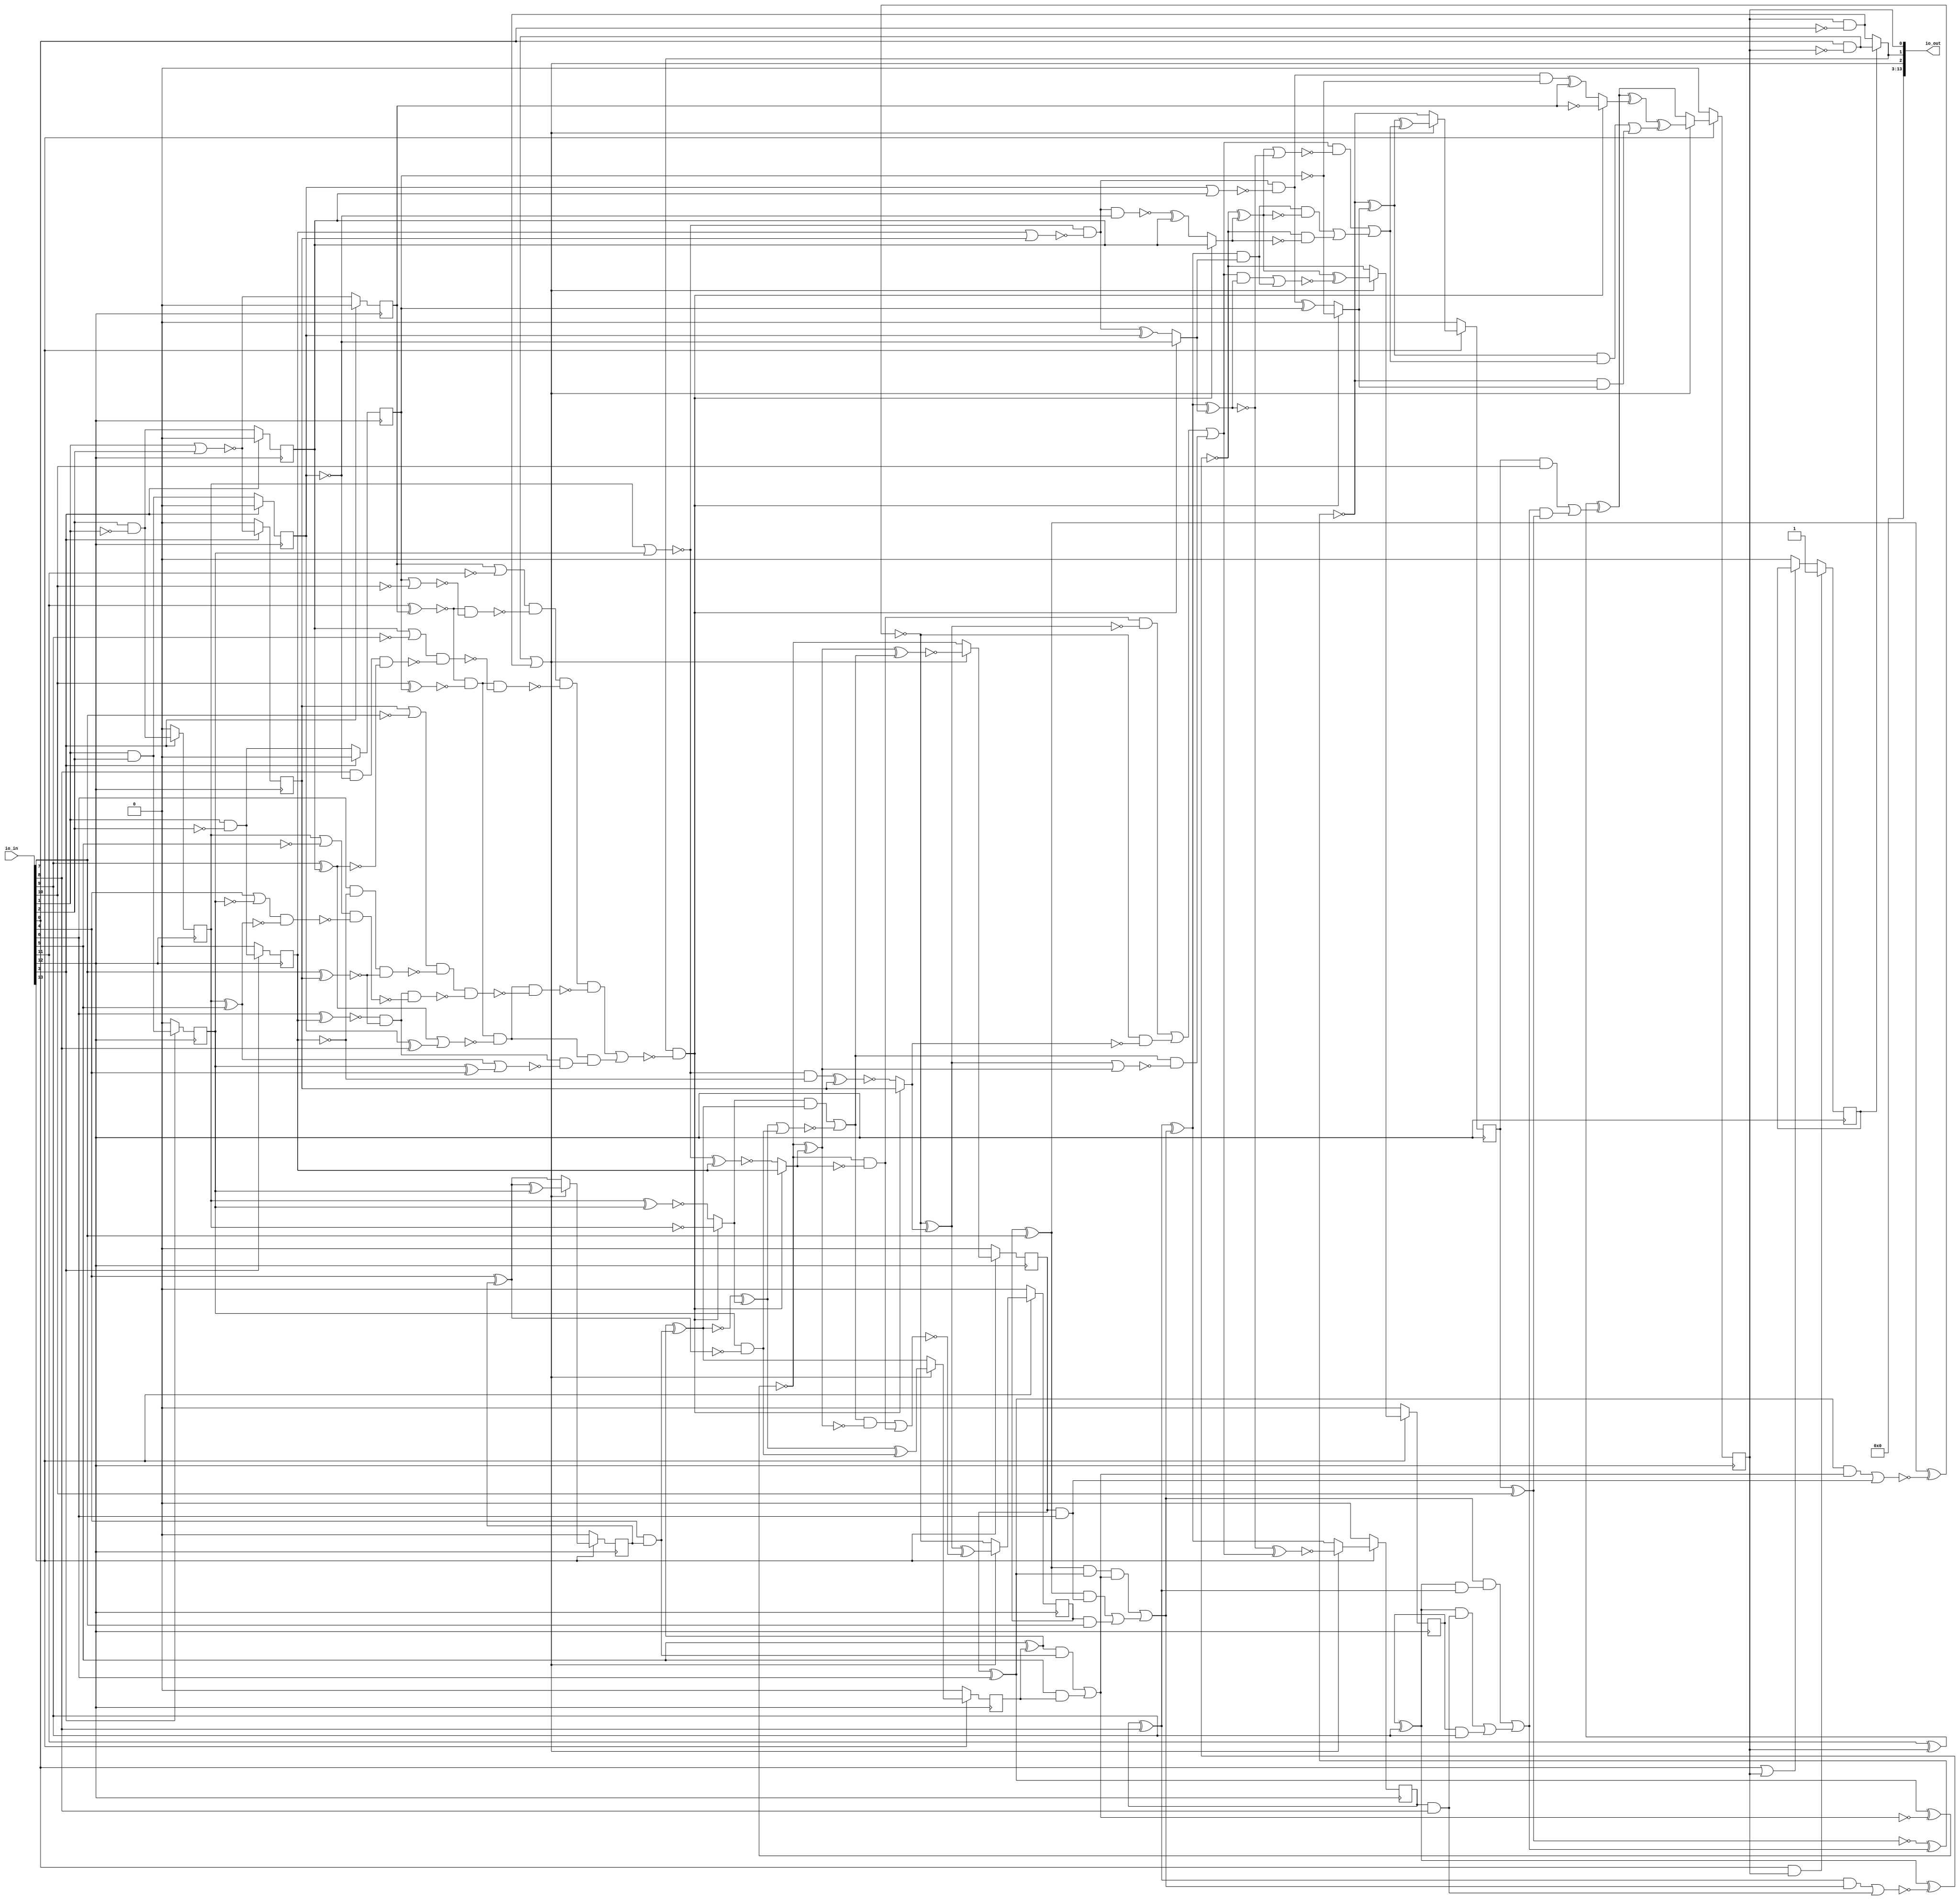
/* Generated by Yosys 0.25+83 (git sha1 755b753e1, aarch64-apple-darwin20.2-clang 10.0.0-4ubuntu1 -fPIC -Os) */

/* top =  1  */
/* src = "d16_bgonzale_pll/src/toplevel_chip.v:4.1-18.10" */
module d16_bgonzale_pll(io_in, io_out);
  wire _000_;
  wire _001_;
  wire _002_;
  wire _003_;
  wire _004_;
  wire _005_;
  wire _006_;
  wire _007_;
  /* src = "d16_bgonzale_pll/src/toplevel_chip.v:9.13-14.6|d16_bgonzale_pll/src/chip.sv:25.18-26.88|d16_bgonzale_pll/src/chip.sv:64.8-64.26|d16_bgonzale_pll/src/chip.sv:138.20-145.32" */
  wire _008_;
  /* src = "d16_bgonzale_pll/src/toplevel_chip.v:9.13-14.6|d16_bgonzale_pll/src/chip.sv:25.18-26.88|d16_bgonzale_pll/src/chip.sv:66.13-66.37|d16_bgonzale_pll/src/chip.sv:138.20-145.32" */
  wire _009_;
  /* src = "d16_bgonzale_pll/src/toplevel_chip.v:9.13-14.6|d16_bgonzale_pll/src/chip.sv:30.15-31.57|d16_bgonzale_pll/src/chip.sv:93.20-93.46|d16_bgonzale_pll/src/chip.sv:138.20-145.32|/Users/anish/workspace/oss-cad-suite/libexec/../share/yosys/techmap.v:106.2-119.5" */
  wire _010_;
  /* src = "d16_bgonzale_pll/src/toplevel_chip.v:9.13-14.6|d16_bgonzale_pll/src/chip.sv:30.15-31.57|d16_bgonzale_pll/src/chip.sv:93.20-93.46|d16_bgonzale_pll/src/chip.sv:138.20-145.32|/Users/anish/workspace/oss-cad-suite/libexec/../share/yosys/techmap.v:106.2-119.5" */
  wire _011_;
  /* src = "d16_bgonzale_pll/src/toplevel_chip.v:9.13-14.6|d16_bgonzale_pll/src/chip.sv:30.15-31.57|d16_bgonzale_pll/src/chip.sv:93.20-93.46|d16_bgonzale_pll/src/chip.sv:138.20-145.32|/Users/anish/workspace/oss-cad-suite/libexec/../share/yosys/techmap.v:106.2-119.5" */
  wire _012_;
  /* src = "d16_bgonzale_pll/src/toplevel_chip.v:9.13-14.6|d16_bgonzale_pll/src/chip.sv:30.15-31.57|d16_bgonzale_pll/src/chip.sv:93.20-93.46|d16_bgonzale_pll/src/chip.sv:138.20-145.32|/Users/anish/workspace/oss-cad-suite/libexec/../share/yosys/techmap.v:106.2-119.5" */
  wire _013_;
  wire _014_;
  wire _015_;
  wire _016_;
  wire _017_;
  wire _018_;
  wire _019_;
  wire _020_;
  wire _021_;
  wire _022_;
  wire _023_;
  wire _024_;
  wire _025_;
  wire _026_;
  wire _027_;
  wire _028_;
  wire _029_;
  wire _030_;
  wire _031_;
  wire _032_;
  wire _033_;
  wire _034_;
  wire _035_;
  wire _036_;
  wire _037_;
  wire _038_;
  wire _039_;
  wire _040_;
  wire _041_;
  wire _042_;
  wire _043_;
  wire _044_;
  wire _045_;
  wire _046_;
  wire _047_;
  wire _048_;
  wire _049_;
  wire _050_;
  wire _051_;
  wire _052_;
  wire _053_;
  wire _054_;
  wire _055_;
  wire _056_;
  wire _057_;
  wire _058_;
  wire _059_;
  wire _060_;
  wire _061_;
  wire _062_;
  wire _063_;
  wire _064_;
  wire _065_;
  wire _066_;
  wire _067_;
  wire _068_;
  wire _069_;
  wire _070_;
  wire _071_;
  wire _072_;
  wire _073_;
  wire _074_;
  wire _075_;
  wire _076_;
  wire _077_;
  wire _078_;
  wire _079_;
  wire _080_;
  wire _081_;
  wire _082_;
  wire _083_;
  wire _084_;
  wire _085_;
  wire _086_;
  wire _087_;
  wire _088_;
  wire _089_;
  wire _090_;
  wire _091_;
  wire _092_;
  wire _093_;
  wire _094_;
  wire _095_;
  wire _096_;
  wire _097_;
  wire _098_;
  wire _099_;
  wire _100_;
  wire _101_;
  wire _102_;
  wire _103_;
  wire _104_;
  wire _105_;
  wire _106_;
  wire _107_;
  wire _108_;
  wire _109_;
  wire _110_;
  wire _111_;
  wire _112_;
  wire _113_;
  wire _114_;
  wire _115_;
  wire _116_;
  wire _117_;
  wire _118_;
  wire _119_;
  wire _120_;
  wire _121_;
  wire _122_;
  wire _123_;
  wire _124_;
  wire _125_;
  wire _126_;
  wire _127_;
  wire _128_;
  wire _129_;
  wire _130_;
  wire _131_;
  wire _132_;
  wire _133_;
  wire _134_;
  wire _135_;
  wire _136_;
  wire _137_;
  wire _138_;
  wire _139_;
  wire _140_;
  wire _141_;
  wire _142_;
  wire _143_;
  wire _144_;
  wire _145_;
  wire _146_;
  wire _147_;
  wire _148_;
  wire _149_;
  wire _150_;
  wire _151_;
  wire _152_;
  wire _153_;
  wire _154_;
  wire _155_;
  wire _156_;
  wire _157_;
  wire _158_;
  wire _159_;
  wire _160_;
  wire _161_;
  wire _162_;
  wire _163_;
  /* src = "d16_bgonzale_pll/src/toplevel_chip.v:5.18-5.23" */
  input [13:0] io_in;
  wire [13:0] io_in;
  /* src = "d16_bgonzale_pll/src/toplevel_chip.v:6.19-6.25" */
  output [13:0] io_out;
  wire [13:0] io_out;
  /* hdlname = "mchip PLL dig_osc ctr" */
  /* src = "d16_bgonzale_pll/src/toplevel_chip.v:9.13-14.6|d16_bgonzale_pll/src/chip.sv:34.22-36.53|d16_bgonzale_pll/src/chip.sv:110.13-110.16|d16_bgonzale_pll/src/chip.sv:138.20-145.32" */
  reg [7:0] \mchip.PLL.dig_osc.ctr ;
  /* hdlname = "mchip PLL dig_osc freq_step" */
  /* src = "d16_bgonzale_pll/src/toplevel_chip.v:9.13-14.6|d16_bgonzale_pll/src/chip.sv:34.22-36.53|d16_bgonzale_pll/src/chip.sv:103.21-103.30|d16_bgonzale_pll/src/chip.sv:138.20-145.32" */
  wire [7:0] \mchip.PLL.dig_osc.freq_step ;
  /* hdlname = "mchip PLL dig_osc i_sys_clk" */
  /* src = "d16_bgonzale_pll/src/toplevel_chip.v:9.13-14.6|d16_bgonzale_pll/src/chip.sv:34.22-36.53|d16_bgonzale_pll/src/chip.sv:101.15-101.24|d16_bgonzale_pll/src/chip.sv:138.20-145.32" */
  wire \mchip.PLL.dig_osc.i_sys_clk ;
  /* hdlname = "mchip PLL dig_osc lead_or_lag" */
  /* src = "d16_bgonzale_pll/src/toplevel_chip.v:9.13-14.6|d16_bgonzale_pll/src/chip.sv:34.22-36.53|d16_bgonzale_pll/src/chip.sv:106.15-106.26|d16_bgonzale_pll/src/chip.sv:138.20-145.32" */
  wire \mchip.PLL.dig_osc.lead_or_lag ;
  /* hdlname = "mchip PLL dig_osc out_of_phase" */
  /* src = "d16_bgonzale_pll/src/toplevel_chip.v:9.13-14.6|d16_bgonzale_pll/src/chip.sv:34.22-36.53|d16_bgonzale_pll/src/chip.sv:105.15-105.27|d16_bgonzale_pll/src/chip.sv:138.20-145.32" */
  wire \mchip.PLL.dig_osc.out_of_phase ;
  /* hdlname = "mchip PLL dig_osc phase_corr" */
  /* src = "d16_bgonzale_pll/src/toplevel_chip.v:9.13-14.6|d16_bgonzale_pll/src/chip.sv:34.22-36.53|d16_bgonzale_pll/src/chip.sv:104.21-104.31|d16_bgonzale_pll/src/chip.sv:138.20-145.32" */
  wire [7:0] \mchip.PLL.dig_osc.phase_corr ;
  /* hdlname = "mchip PLL dig_osc rec_clk" */
  /* src = "d16_bgonzale_pll/src/toplevel_chip.v:9.13-14.6|d16_bgonzale_pll/src/chip.sv:34.22-36.53|d16_bgonzale_pll/src/chip.sv:107.16-107.23|d16_bgonzale_pll/src/chip.sv:138.20-145.32" */
  wire \mchip.PLL.dig_osc.rec_clk ;
  /* hdlname = "mchip PLL i_freq_step" */
  /* src = "d16_bgonzale_pll/src/toplevel_chip.v:9.13-14.6|d16_bgonzale_pll/src/chip.sv:16.20-16.31|d16_bgonzale_pll/src/chip.sv:138.20-145.32" */
  wire [7:0] \mchip.PLL.i_freq_step ;
  /* hdlname = "mchip PLL i_loop_gain" */
  /* src = "d16_bgonzale_pll/src/toplevel_chip.v:9.13-14.6|d16_bgonzale_pll/src/chip.sv:15.20-15.31|d16_bgonzale_pll/src/chip.sv:138.20-145.32" */
  wire [2:0] \mchip.PLL.i_loop_gain ;
  /* hdlname = "mchip PLL i_ref_clk" */
  /* src = "d16_bgonzale_pll/src/toplevel_chip.v:9.13-14.6|d16_bgonzale_pll/src/chip.sv:14.14-14.23|d16_bgonzale_pll/src/chip.sv:138.20-145.32" */
  wire \mchip.PLL.i_ref_clk ;
  /* hdlname = "mchip PLL i_sys_clk" */
  /* src = "d16_bgonzale_pll/src/toplevel_chip.v:9.13-14.6|d16_bgonzale_pll/src/chip.sv:12.14-12.23|d16_bgonzale_pll/src/chip.sv:138.20-145.32" */
  wire \mchip.PLL.i_sys_clk ;
  /* hdlname = "mchip PLL lead_or_lag" */
  /* src = "d16_bgonzale_pll/src/toplevel_chip.v:9.13-14.6|d16_bgonzale_pll/src/chip.sv:24.7-24.18|d16_bgonzale_pll/src/chip.sv:138.20-145.32" */
  wire \mchip.PLL.lead_or_lag ;
  /* hdlname = "mchip PLL loop_fil i_sys_clk" */
  /* src = "d16_bgonzale_pll/src/toplevel_chip.v:9.13-14.6|d16_bgonzale_pll/src/chip.sv:30.15-31.57|d16_bgonzale_pll/src/chip.sv:85.16-85.25|d16_bgonzale_pll/src/chip.sv:138.20-145.32" */
  wire \mchip.PLL.loop_fil.i_sys_clk ;
  /* hdlname = "mchip PLL loop_fil loop_gain" */
  /* src = "d16_bgonzale_pll/src/toplevel_chip.v:9.13-14.6|d16_bgonzale_pll/src/chip.sv:30.15-31.57|d16_bgonzale_pll/src/chip.sv:86.22-86.31|d16_bgonzale_pll/src/chip.sv:138.20-145.32" */
  wire [2:0] \mchip.PLL.loop_fil.loop_gain ;
  /* hdlname = "mchip PLL loop_fil phase_corr" */
  /* src = "d16_bgonzale_pll/src/toplevel_chip.v:9.13-14.6|d16_bgonzale_pll/src/chip.sv:30.15-31.57|d16_bgonzale_pll/src/chip.sv:87.22-87.32|d16_bgonzale_pll/src/chip.sv:138.20-145.32" */
  reg [7:0] \mchip.PLL.loop_fil.phase_corr  = 8'h00;
  /* hdlname = "mchip PLL o_lead_or_lag" */
  /* src = "d16_bgonzale_pll/src/toplevel_chip.v:9.13-14.6|d16_bgonzale_pll/src/chip.sv:18.15-18.28|d16_bgonzale_pll/src/chip.sv:138.20-145.32" */
  wire \mchip.PLL.o_lead_or_lag ;
  /* hdlname = "mchip PLL o_phase_error" */
  /* src = "d16_bgonzale_pll/src/toplevel_chip.v:9.13-14.6|d16_bgonzale_pll/src/chip.sv:19.15-19.28|d16_bgonzale_pll/src/chip.sv:138.20-145.32" */
  wire \mchip.PLL.o_phase_error ;
  /* hdlname = "mchip PLL o_rec_clk" */
  /* src = "d16_bgonzale_pll/src/toplevel_chip.v:9.13-14.6|d16_bgonzale_pll/src/chip.sv:17.14-17.23|d16_bgonzale_pll/src/chip.sv:138.20-145.32" */
  wire \mchip.PLL.o_rec_clk ;
  /* hdlname = "mchip PLL out_of_phase" */
  /* src = "d16_bgonzale_pll/src/toplevel_chip.v:9.13-14.6|d16_bgonzale_pll/src/chip.sv:23.8-23.20|d16_bgonzale_pll/src/chip.sv:138.20-145.32" */
  wire \mchip.PLL.out_of_phase ;
  /* hdlname = "mchip PLL phase_corr" */
  /* src = "d16_bgonzale_pll/src/toplevel_chip.v:9.13-14.6|d16_bgonzale_pll/src/chip.sv:29.13-29.23|d16_bgonzale_pll/src/chip.sv:138.20-145.32" */
  wire [7:0] \mchip.PLL.phase_corr ;
  /* hdlname = "mchip PLL phase_det i_sys_clk" */
  /* src = "d16_bgonzale_pll/src/toplevel_chip.v:9.13-14.6|d16_bgonzale_pll/src/chip.sv:25.18-26.88|d16_bgonzale_pll/src/chip.sv:52.16-52.25|d16_bgonzale_pll/src/chip.sv:138.20-145.32" */
  wire \mchip.PLL.phase_det.i_sys_clk ;
  /* hdlname = "mchip PLL phase_det lead_or_lag" */
  /* src = "d16_bgonzale_pll/src/toplevel_chip.v:9.13-14.6|d16_bgonzale_pll/src/chip.sv:25.18-26.88|d16_bgonzale_pll/src/chip.sv:55.16-55.27|d16_bgonzale_pll/src/chip.sv:138.20-145.32" */
  wire \mchip.PLL.phase_det.lead_or_lag ;
  /* hdlname = "mchip PLL phase_det matched" */
  /* src = "d16_bgonzale_pll/src/toplevel_chip.v:9.13-14.6|d16_bgonzale_pll/src/chip.sv:25.18-26.88|d16_bgonzale_pll/src/chip.sv:58.7-58.14|d16_bgonzale_pll/src/chip.sv:138.20-145.32" */
  reg \mchip.PLL.phase_det.matched  = 1'h0;
  /* hdlname = "mchip PLL phase_det out_of_phase" */
  /* src = "d16_bgonzale_pll/src/toplevel_chip.v:9.13-14.6|d16_bgonzale_pll/src/chip.sv:25.18-26.88|d16_bgonzale_pll/src/chip.sv:56.17-56.29|d16_bgonzale_pll/src/chip.sv:138.20-145.32" */
  wire \mchip.PLL.phase_det.out_of_phase ;
  /* hdlname = "mchip PLL phase_det rec_clk" */
  /* src = "d16_bgonzale_pll/src/toplevel_chip.v:9.13-14.6|d16_bgonzale_pll/src/chip.sv:25.18-26.88|d16_bgonzale_pll/src/chip.sv:54.16-54.23|d16_bgonzale_pll/src/chip.sv:138.20-145.32" */
  wire \mchip.PLL.phase_det.rec_clk ;
  /* hdlname = "mchip PLL phase_det ref_clk" */
  /* src = "d16_bgonzale_pll/src/toplevel_chip.v:9.13-14.6|d16_bgonzale_pll/src/chip.sv:25.18-26.88|d16_bgonzale_pll/src/chip.sv:53.16-53.23|d16_bgonzale_pll/src/chip.sv:138.20-145.32" */
  wire \mchip.PLL.phase_det.ref_clk ;
  /* hdlname = "mchip clock" */
  /* src = "d16_bgonzale_pll/src/toplevel_chip.v:9.13-14.6|d16_bgonzale_pll/src/chip.sv:132.17-132.22" */
  wire \mchip.clock ;
  /* hdlname = "mchip io_in" */
  /* src = "d16_bgonzale_pll/src/toplevel_chip.v:9.13-14.6|d16_bgonzale_pll/src/chip.sv:130.24-130.29" */
  wire [11:0] \mchip.io_in ;
  /* hdlname = "mchip io_out" */
  /* src = "d16_bgonzale_pll/src/toplevel_chip.v:9.13-14.6|d16_bgonzale_pll/src/chip.sv:131.25-131.31" */
  wire [11:0] \mchip.io_out ;
  /* hdlname = "mchip reset" */
  /* src = "d16_bgonzale_pll/src/toplevel_chip.v:9.13-14.6|d16_bgonzale_pll/src/chip.sv:133.17-133.22" */
  wire \mchip.reset ;
  assign _003_ = _116_ ? _036_ : _044_;
  assign _045_ = \mchip.PLL.dig_osc.ctr [3] & io_in[7];
  assign _046_ = _035_ & _032_;
  assign _047_ = _046_ | _045_;
  assign _048_ = _035_ & _022_;
  assign _049_ = _048_ & ~(_021_);
  assign _050_ = _049_ | _047_;
  assign _051_ = \mchip.PLL.dig_osc.ctr [4] ^ io_in[8];
  assign _052_ = _051_ ^ _050_;
  assign _053_ = _043_ | _030_;
  assign _054_ = _026_ & ~(_053_);
  assign _055_ = _036_ & ~(_042_);
  assign _056_ = _037_ & ~(_043_);
  assign _057_ = _056_ | _055_;
  assign _058_ = _057_ | _054_;
  assign _059_ = ~\mchip.PLL.loop_fil.phase_corr [4];
  assign _060_ = \mchip.PLL.loop_fil.phase_corr [2] | \mchip.PLL.loop_fil.phase_corr [3];
  assign _061_ = _027_ & ~(_060_);
  assign _062_ = _061_ ^ \mchip.PLL.loop_fil.phase_corr [4];
  assign _063_ = _014_ ? _059_ : _062_;
  assign _064_ = ~(_052_ ^ _063_);
  assign _065_ = ~(_064_ ^ _058_);
  assign _004_ = _116_ ? _052_ : _065_;
  assign _066_ = \mchip.PLL.dig_osc.ctr [4] & io_in[8];
  assign _067_ = _051_ & _050_;
  assign _068_ = ~(_067_ | _066_);
  assign _069_ = \mchip.PLL.dig_osc.ctr [5] ^ io_in[9];
  assign _070_ = ~(_069_ ^ _068_);
  assign _071_ = _052_ & _063_;
  assign _072_ = _058_ & ~(_064_);
  assign _073_ = ~(_072_ | _071_);
  assign _074_ = ~(_061_ & _059_);
  assign _075_ = _074_ ^ \mchip.PLL.loop_fil.phase_corr [5];
  assign _076_ = _014_ ? \mchip.PLL.loop_fil.phase_corr [5] : _075_;
  assign _077_ = _070_ ^ _076_;
  assign _078_ = _077_ ^ _073_;
  assign _005_ = _116_ ? _070_ : _078_;
  assign _079_ = \mchip.PLL.dig_osc.ctr [5] & io_in[9];
  assign _080_ = _069_ & _066_;
  assign _081_ = _080_ | _079_;
  assign _082_ = ~(_069_ & _051_);
  assign _083_ = _050_ & ~(_082_);
  assign _084_ = _083_ | _081_;
  assign _085_ = ~(\mchip.PLL.dig_osc.ctr [6] ^ io_in[10]);
  assign _086_ = ~(_085_ ^ _084_);
  assign _087_ = _070_ & ~(_076_);
  assign _088_ = _071_ & ~(_077_);
  assign _089_ = _088_ | _087_;
  assign _090_ = _077_ | _064_;
  assign _091_ = _058_ & ~(_090_);
  assign _092_ = _091_ | _089_;
  assign _093_ = ~\mchip.PLL.loop_fil.phase_corr [6];
  assign _094_ = \mchip.PLL.loop_fil.phase_corr [4] | \mchip.PLL.loop_fil.phase_corr [5];
  assign _095_ = _061_ & ~(_094_);
  assign _096_ = _095_ ^ \mchip.PLL.loop_fil.phase_corr [6];
  assign _097_ = _014_ ? _093_ : _096_;
  assign _098_ = _086_ ^ _097_;
  assign _099_ = _098_ ^ _092_;
  assign _006_ = _116_ ? _086_ : _099_;
  assign _100_ = _084_ & ~(_085_);
  assign _101_ = \mchip.PLL.dig_osc.ctr [6] & io_in[10];
  assign _102_ = _101_ | _100_;
  assign _103_ = io_in[11] ^ \mchip.PLL.dig_osc.ctr [7];
  assign _104_ = _103_ ^ _102_;
  assign _105_ = _086_ & _097_;
  assign _106_ = _098_ & _092_;
  assign _107_ = _106_ | _105_;
  assign _108_ = ~\mchip.PLL.loop_fil.phase_corr [7];
  assign _109_ = _095_ & ~(\mchip.PLL.loop_fil.phase_corr [6]);
  assign _110_ = _109_ ^ \mchip.PLL.loop_fil.phase_corr [7];
  assign _111_ = _014_ ? _108_ : _110_;
  assign _112_ = _104_ ^ _111_;
  assign _113_ = _112_ ^ _107_;
  assign _007_ = _116_ ? _104_ : _113_;
  assign _010_ = io_in[1] & io_in[2];
  assign _011_ = io_in[2] & ~(io_in[1]);
  assign _012_ = io_in[1] & ~(io_in[2]);
  assign _013_ = ~(io_in[1] | io_in[2]);
  assign _009_ = ~(io_in[0] | \mchip.PLL.dig_osc.ctr [7]);
  assign _114_ = \mchip.PLL.dig_osc.ctr [7] & ~(io_in[0]);
  assign _115_ = io_in[0] & ~(\mchip.PLL.dig_osc.ctr [7]);
  assign \mchip.PLL.dig_osc.lead_or_lag  = \mchip.PLL.phase_det.matched  ? _115_ : _114_;
  assign _008_ = io_in[0] & \mchip.PLL.dig_osc.ctr [7];
  assign _116_ = ~(_115_ | _114_);
  assign \mchip.PLL.dig_osc.out_of_phase  = ~_116_;
  assign _117_ = io_in[4] ^ \mchip.PLL.dig_osc.ctr [0];
  assign _118_ = _117_ ^ \mchip.PLL.loop_fil.phase_corr [0];
  assign _000_ = _116_ ? _117_ : _118_;
  assign _119_ = io_in[4] & \mchip.PLL.dig_osc.ctr [0];
  assign _120_ = io_in[5] ^ \mchip.PLL.dig_osc.ctr [1];
  assign _121_ = _120_ ^ _119_;
  assign _122_ = \mchip.PLL.loop_fil.phase_corr [0] & ~(_117_);
  assign _123_ = ~\mchip.PLL.loop_fil.phase_corr [1];
  assign _124_ = \mchip.PLL.loop_fil.phase_corr [1] ^ \mchip.PLL.loop_fil.phase_corr [0];
  assign _125_ = ~_124_;
  assign _126_ = ~(io_in[11] ^ \mchip.PLL.loop_fil.phase_corr [7]);
  assign _127_ = io_in[10] ^ \mchip.PLL.loop_fil.phase_corr [6];
  assign _128_ = _126_ & ~(_127_);
  assign _129_ = \mchip.PLL.loop_fil.phase_corr [4] ^ io_in[8];
  assign _130_ = io_in[9] ^ \mchip.PLL.loop_fil.phase_corr [5];
  assign _131_ = _130_ | _129_;
  assign _132_ = _128_ & ~(_131_);
  assign _133_ = \mchip.PLL.loop_fil.phase_corr [0] ^ io_in[4];
  assign _134_ = \mchip.PLL.loop_fil.phase_corr [1] ^ io_in[5];
  assign _135_ = ~(_134_ | _133_);
  assign _136_ = ~(io_in[6] ^ \mchip.PLL.loop_fil.phase_corr [2]);
  assign _137_ = io_in[7] ^ \mchip.PLL.loop_fil.phase_corr [3];
  assign _138_ = _136_ & ~(_137_);
  assign _139_ = ~(_138_ & _135_);
  assign _140_ = _132_ & ~(_139_);
  assign _141_ = \mchip.PLL.loop_fil.phase_corr [7] | ~(io_in[11]);
  assign _142_ = \mchip.PLL.loop_fil.phase_corr [6] | ~(io_in[10]);
  assign _143_ = _126_ & ~(_142_);
  assign _144_ = _141_ & ~(_143_);
  assign _145_ = \mchip.PLL.loop_fil.phase_corr [5] | ~(io_in[9]);
  assign _146_ = io_in[8] & ~(\mchip.PLL.loop_fil.phase_corr [4]);
  assign _147_ = _146_ & ~(_130_);
  assign _148_ = _145_ & ~(_147_);
  assign _149_ = _128_ & ~(_148_);
  assign _150_ = _144_ & ~(_149_);
  assign _151_ = \mchip.PLL.loop_fil.phase_corr [3] | ~(io_in[7]);
  assign _152_ = io_in[6] & ~(\mchip.PLL.loop_fil.phase_corr [2]);
  assign _153_ = _152_ & ~(_137_);
  assign _154_ = _151_ & ~(_153_);
  assign _155_ = \mchip.PLL.loop_fil.phase_corr [1] | ~(io_in[5]);
  assign _156_ = io_in[4] | ~(\mchip.PLL.loop_fil.phase_corr [0]);
  assign _157_ = _156_ & ~(_134_);
  assign _158_ = _155_ & ~(_157_);
  assign _159_ = _138_ & ~(_158_);
  assign _160_ = _154_ & ~(_159_);
  assign _161_ = _132_ & ~(_160_);
  assign _162_ = _150_ & ~(_161_);
  assign _163_ = _162_ | _140_;
  assign _014_ = \mchip.PLL.dig_osc.lead_or_lag  & ~(_163_);
  assign _015_ = _014_ ? _123_ : _125_;
  assign _016_ = ~_121_;
  assign _017_ = _016_ ^ _015_;
  assign _018_ = _017_ ^ _122_;
  assign _001_ = _116_ ? _121_ : _018_;
  assign _019_ = io_in[5] & \mchip.PLL.dig_osc.ctr [1];
  assign _020_ = _120_ & _119_;
  assign _021_ = ~(_020_ | _019_);
  assign _022_ = \mchip.PLL.dig_osc.ctr [2] ^ io_in[6];
  assign _023_ = ~(_022_ ^ _021_);
  assign _024_ = ~(_017_ | _122_);
  assign _025_ = _015_ & ~(_016_);
  assign _026_ = _025_ | _024_;
  assign _027_ = ~(\mchip.PLL.loop_fil.phase_corr [1] | \mchip.PLL.loop_fil.phase_corr [0]);
  assign _028_ = ~(_027_ ^ \mchip.PLL.loop_fil.phase_corr [2]);
  assign _029_ = _014_ ? \mchip.PLL.loop_fil.phase_corr [2] : _028_;
  assign _030_ = _023_ ^ _029_;
  assign _031_ = ~(_030_ ^ _026_);
  assign _002_ = _116_ ? _023_ : _031_;
  assign _032_ = \mchip.PLL.dig_osc.ctr [2] & io_in[6];
  assign _033_ = _022_ & ~(_021_);
  assign _034_ = ~(_033_ | _032_);
  assign _035_ = \mchip.PLL.dig_osc.ctr [3] ^ io_in[7];
  assign _036_ = ~(_035_ ^ _034_);
  assign _037_ = _023_ & ~(_029_);
  assign _038_ = _026_ & ~(_030_);
  assign _039_ = ~(_038_ | _037_);
  assign _040_ = _027_ & ~(\mchip.PLL.loop_fil.phase_corr [2]);
  assign _041_ = ~(_040_ ^ \mchip.PLL.loop_fil.phase_corr [3]);
  assign _042_ = _014_ ? \mchip.PLL.loop_fil.phase_corr [3] : _041_;
  assign _043_ = _036_ ^ _042_;
  assign _044_ = _043_ ^ _039_;
  /* src = "d16_bgonzale_pll/src/toplevel_chip.v:9.13-14.6|d16_bgonzale_pll/src/chip.sv:34.22-36.53|d16_bgonzale_pll/src/chip.sv:112.3-123.6|d16_bgonzale_pll/src/chip.sv:138.20-145.32" */
  always @(posedge io_in[12])
    if (!io_in[13]) \mchip.PLL.dig_osc.ctr [0] <= 1'h0;
    else \mchip.PLL.dig_osc.ctr [0] <= _000_;
  /* src = "d16_bgonzale_pll/src/toplevel_chip.v:9.13-14.6|d16_bgonzale_pll/src/chip.sv:34.22-36.53|d16_bgonzale_pll/src/chip.sv:112.3-123.6|d16_bgonzale_pll/src/chip.sv:138.20-145.32" */
  always @(posedge io_in[12])
    if (!io_in[13]) \mchip.PLL.dig_osc.ctr [1] <= 1'h0;
    else \mchip.PLL.dig_osc.ctr [1] <= _001_;
  /* src = "d16_bgonzale_pll/src/toplevel_chip.v:9.13-14.6|d16_bgonzale_pll/src/chip.sv:34.22-36.53|d16_bgonzale_pll/src/chip.sv:112.3-123.6|d16_bgonzale_pll/src/chip.sv:138.20-145.32" */
  always @(posedge io_in[12])
    if (!io_in[13]) \mchip.PLL.dig_osc.ctr [2] <= 1'h0;
    else \mchip.PLL.dig_osc.ctr [2] <= _002_;
  /* src = "d16_bgonzale_pll/src/toplevel_chip.v:9.13-14.6|d16_bgonzale_pll/src/chip.sv:34.22-36.53|d16_bgonzale_pll/src/chip.sv:112.3-123.6|d16_bgonzale_pll/src/chip.sv:138.20-145.32" */
  always @(posedge io_in[12])
    if (!io_in[13]) \mchip.PLL.dig_osc.ctr [3] <= 1'h0;
    else \mchip.PLL.dig_osc.ctr [3] <= _003_;
  /* src = "d16_bgonzale_pll/src/toplevel_chip.v:9.13-14.6|d16_bgonzale_pll/src/chip.sv:34.22-36.53|d16_bgonzale_pll/src/chip.sv:112.3-123.6|d16_bgonzale_pll/src/chip.sv:138.20-145.32" */
  always @(posedge io_in[12])
    if (!io_in[13]) \mchip.PLL.dig_osc.ctr [4] <= 1'h0;
    else \mchip.PLL.dig_osc.ctr [4] <= _004_;
  /* src = "d16_bgonzale_pll/src/toplevel_chip.v:9.13-14.6|d16_bgonzale_pll/src/chip.sv:34.22-36.53|d16_bgonzale_pll/src/chip.sv:112.3-123.6|d16_bgonzale_pll/src/chip.sv:138.20-145.32" */
  always @(posedge io_in[12])
    if (!io_in[13]) \mchip.PLL.dig_osc.ctr [5] <= 1'h0;
    else \mchip.PLL.dig_osc.ctr [5] <= _005_;
  /* src = "d16_bgonzale_pll/src/toplevel_chip.v:9.13-14.6|d16_bgonzale_pll/src/chip.sv:34.22-36.53|d16_bgonzale_pll/src/chip.sv:112.3-123.6|d16_bgonzale_pll/src/chip.sv:138.20-145.32" */
  always @(posedge io_in[12])
    if (!io_in[13]) \mchip.PLL.dig_osc.ctr [6] <= 1'h0;
    else \mchip.PLL.dig_osc.ctr [6] <= _006_;
  /* src = "d16_bgonzale_pll/src/toplevel_chip.v:9.13-14.6|d16_bgonzale_pll/src/chip.sv:34.22-36.53|d16_bgonzale_pll/src/chip.sv:112.3-123.6|d16_bgonzale_pll/src/chip.sv:138.20-145.32" */
  always @(posedge io_in[12])
    if (!io_in[13]) \mchip.PLL.dig_osc.ctr [7] <= 1'h0;
    else \mchip.PLL.dig_osc.ctr [7] <= _007_;
  /* src = "d16_bgonzale_pll/src/toplevel_chip.v:9.13-14.6|d16_bgonzale_pll/src/chip.sv:25.18-26.88|d16_bgonzale_pll/src/chip.sv:62.3-68.6|d16_bgonzale_pll/src/chip.sv:138.20-145.32" */
  always @(posedge io_in[12])
    if (_008_) \mchip.PLL.phase_det.matched  <= 1'h1;
    else if (_009_) \mchip.PLL.phase_det.matched  <= 1'h0;
  /* src = "d16_bgonzale_pll/src/toplevel_chip.v:9.13-14.6|d16_bgonzale_pll/src/chip.sv:30.15-31.57|d16_bgonzale_pll/src/chip.sv:92.3-93.48|d16_bgonzale_pll/src/chip.sv:138.20-145.32" */
  always @(posedge io_in[12])
    if (io_in[3]) \mchip.PLL.loop_fil.phase_corr [7] <= 1'h0;
    else \mchip.PLL.loop_fil.phase_corr [7] <= _013_;
  /* src = "d16_bgonzale_pll/src/toplevel_chip.v:9.13-14.6|d16_bgonzale_pll/src/chip.sv:30.15-31.57|d16_bgonzale_pll/src/chip.sv:92.3-93.48|d16_bgonzale_pll/src/chip.sv:138.20-145.32" */
  always @(posedge io_in[12])
    if (!io_in[3]) \mchip.PLL.loop_fil.phase_corr [0] <= 1'h0;
    else \mchip.PLL.loop_fil.phase_corr [0] <= _010_;
  /* src = "d16_bgonzale_pll/src/toplevel_chip.v:9.13-14.6|d16_bgonzale_pll/src/chip.sv:30.15-31.57|d16_bgonzale_pll/src/chip.sv:92.3-93.48|d16_bgonzale_pll/src/chip.sv:138.20-145.32" */
  always @(posedge io_in[12])
    if (!io_in[3]) \mchip.PLL.loop_fil.phase_corr [1] <= 1'h0;
    else \mchip.PLL.loop_fil.phase_corr [1] <= _011_;
  /* src = "d16_bgonzale_pll/src/toplevel_chip.v:9.13-14.6|d16_bgonzale_pll/src/chip.sv:30.15-31.57|d16_bgonzale_pll/src/chip.sv:92.3-93.48|d16_bgonzale_pll/src/chip.sv:138.20-145.32" */
  always @(posedge io_in[12])
    if (!io_in[3]) \mchip.PLL.loop_fil.phase_corr [2] <= 1'h0;
    else \mchip.PLL.loop_fil.phase_corr [2] <= _012_;
  /* src = "d16_bgonzale_pll/src/toplevel_chip.v:9.13-14.6|d16_bgonzale_pll/src/chip.sv:30.15-31.57|d16_bgonzale_pll/src/chip.sv:92.3-93.48|d16_bgonzale_pll/src/chip.sv:138.20-145.32" */
  always @(posedge io_in[12])
    if (!io_in[3]) \mchip.PLL.loop_fil.phase_corr [3] <= 1'h0;
    else \mchip.PLL.loop_fil.phase_corr [3] <= _013_;
  /* src = "d16_bgonzale_pll/src/toplevel_chip.v:9.13-14.6|d16_bgonzale_pll/src/chip.sv:30.15-31.57|d16_bgonzale_pll/src/chip.sv:92.3-93.48|d16_bgonzale_pll/src/chip.sv:138.20-145.32" */
  always @(posedge io_in[12])
    if (io_in[3]) \mchip.PLL.loop_fil.phase_corr [4] <= 1'h0;
    else \mchip.PLL.loop_fil.phase_corr [4] <= _010_;
  /* src = "d16_bgonzale_pll/src/toplevel_chip.v:9.13-14.6|d16_bgonzale_pll/src/chip.sv:30.15-31.57|d16_bgonzale_pll/src/chip.sv:92.3-93.48|d16_bgonzale_pll/src/chip.sv:138.20-145.32" */
  always @(posedge io_in[12])
    if (io_in[3]) \mchip.PLL.loop_fil.phase_corr [5] <= 1'h0;
    else \mchip.PLL.loop_fil.phase_corr [5] <= _011_;
  /* src = "d16_bgonzale_pll/src/toplevel_chip.v:9.13-14.6|d16_bgonzale_pll/src/chip.sv:30.15-31.57|d16_bgonzale_pll/src/chip.sv:92.3-93.48|d16_bgonzale_pll/src/chip.sv:138.20-145.32" */
  always @(posedge io_in[12])
    if (io_in[3]) \mchip.PLL.loop_fil.phase_corr [6] <= 1'h0;
    else \mchip.PLL.loop_fil.phase_corr [6] <= _012_;
  assign io_out = { 11'h000, \mchip.PLL.dig_osc.out_of_phase , \mchip.PLL.dig_osc.lead_or_lag , \mchip.PLL.dig_osc.ctr [7] };
  assign \mchip.PLL.dig_osc.freq_step  = io_in[11:4];
  assign \mchip.PLL.dig_osc.i_sys_clk  = io_in[12];
  assign \mchip.PLL.dig_osc.phase_corr  = \mchip.PLL.loop_fil.phase_corr ;
  assign \mchip.PLL.dig_osc.rec_clk  = \mchip.PLL.dig_osc.ctr [7];
  assign \mchip.PLL.i_freq_step  = io_in[11:4];
  assign \mchip.PLL.i_loop_gain  = io_in[3:1];
  assign \mchip.PLL.i_ref_clk  = io_in[0];
  assign \mchip.PLL.i_sys_clk  = io_in[12];
  assign \mchip.PLL.lead_or_lag  = \mchip.PLL.dig_osc.lead_or_lag ;
  assign \mchip.PLL.loop_fil.i_sys_clk  = io_in[12];
  assign \mchip.PLL.loop_fil.loop_gain  = io_in[3:1];
  assign \mchip.PLL.o_lead_or_lag  = \mchip.PLL.dig_osc.lead_or_lag ;
  assign \mchip.PLL.o_phase_error  = \mchip.PLL.dig_osc.out_of_phase ;
  assign \mchip.PLL.o_rec_clk  = \mchip.PLL.dig_osc.ctr [7];
  assign \mchip.PLL.out_of_phase  = \mchip.PLL.dig_osc.out_of_phase ;
  assign \mchip.PLL.phase_corr  = \mchip.PLL.loop_fil.phase_corr ;
  assign \mchip.PLL.phase_det.i_sys_clk  = io_in[12];
  assign \mchip.PLL.phase_det.lead_or_lag  = \mchip.PLL.dig_osc.lead_or_lag ;
  assign \mchip.PLL.phase_det.out_of_phase  = \mchip.PLL.dig_osc.out_of_phase ;
  assign \mchip.PLL.phase_det.rec_clk  = \mchip.PLL.dig_osc.ctr [7];
  assign \mchip.PLL.phase_det.ref_clk  = io_in[0];
  assign \mchip.clock  = io_in[12];
  assign \mchip.io_in  = io_in[11:0];
  assign \mchip.io_out  = { 9'h000, \mchip.PLL.dig_osc.out_of_phase , \mchip.PLL.dig_osc.lead_or_lag , \mchip.PLL.dig_osc.ctr [7] };
  assign \mchip.reset  = io_in[13];
endmodule